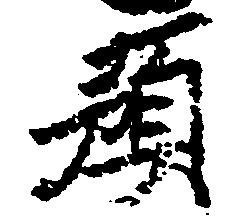
預